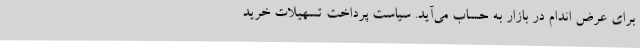
برای عرض اندام در بازار به حساب می‌آید. سیاست پرداخت تسهیلات خرید